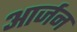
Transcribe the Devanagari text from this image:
आर्जन